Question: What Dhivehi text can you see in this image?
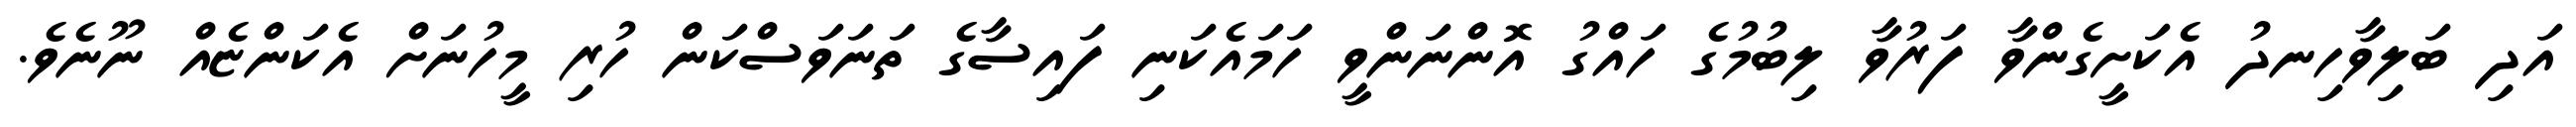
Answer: އަދި ބަލިވާހިނދު އެކަށީގެންވާ ފަރުވާ ލިބުމުގެ ހައްގު އޮންނަންވީ ހަމައެކަނި ފައިސާގެ ތަނަވަސްކަން ހުރި މީހުނަށް އެކަންޏެއް ނޫނެވެ.